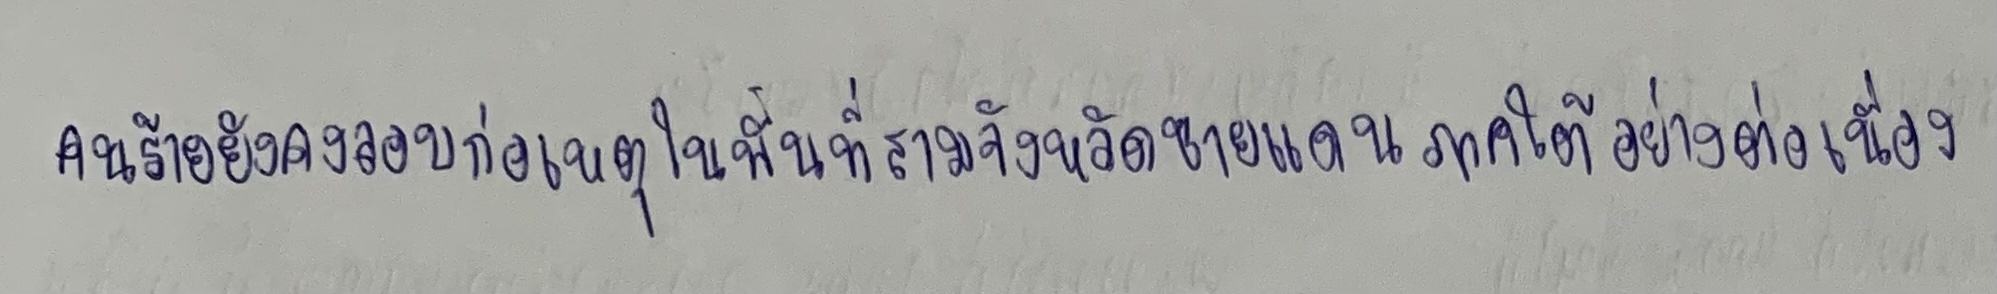
คนร้ายยังคงลอบก่อเหตุในพื้นที่สามจังหวัดชายแดนภาคใต้อย่างต่อเนื่อง